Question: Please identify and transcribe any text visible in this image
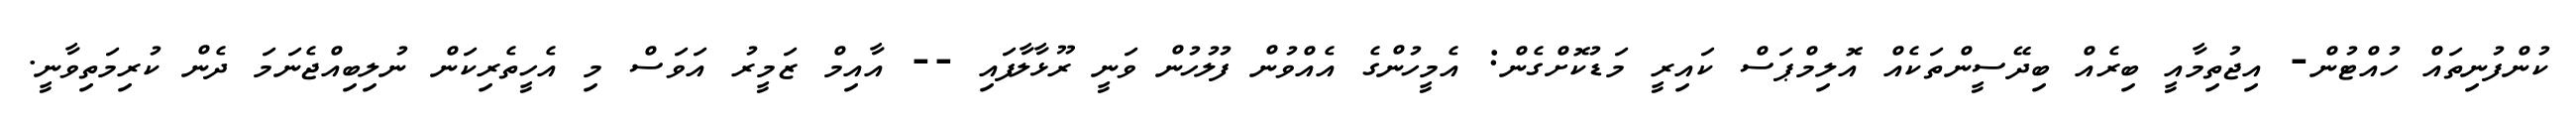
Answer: ކުންފުނިތައް ހުއްޓުން- އިޖުތިމާއީ ބިރެއް ބިދޭސީންތަކެއް އޮލިމްޕަސް ކައިރީ މަޑުކޮށްގެން: އެމީހުންގެ އެއްވުން ފުލުހުން ވަނީ ރޫޅާލާފައި -- އާއިމް ޒަމީރު އަވަސް މި އެހީތެރިކަން ނުލިބިއްޖެނަމަ ދެން ކުރިމަތިވާނީ.